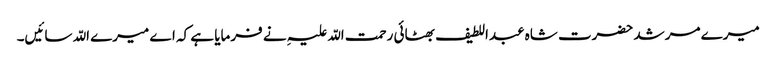
میرے مرشد حضرت شاہ عبداللطیف بھٹائی رحمت اللّہ علیہِ نے فرمایا ہے کہ اے میرے اللّہ سائیں۔